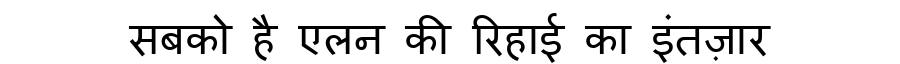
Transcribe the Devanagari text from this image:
सबको है एलन की रिहाई का इंतज़ार